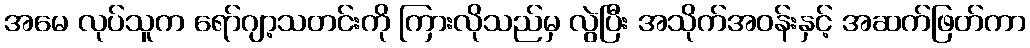
အမေ လုပ်သူက ရော်ဂျာ့သတင်းကို ကြားလိုသည်မှ လွဲပြီး အသိုက်အဝန်းနှင့် အဆက်ဖြတ်ကာ